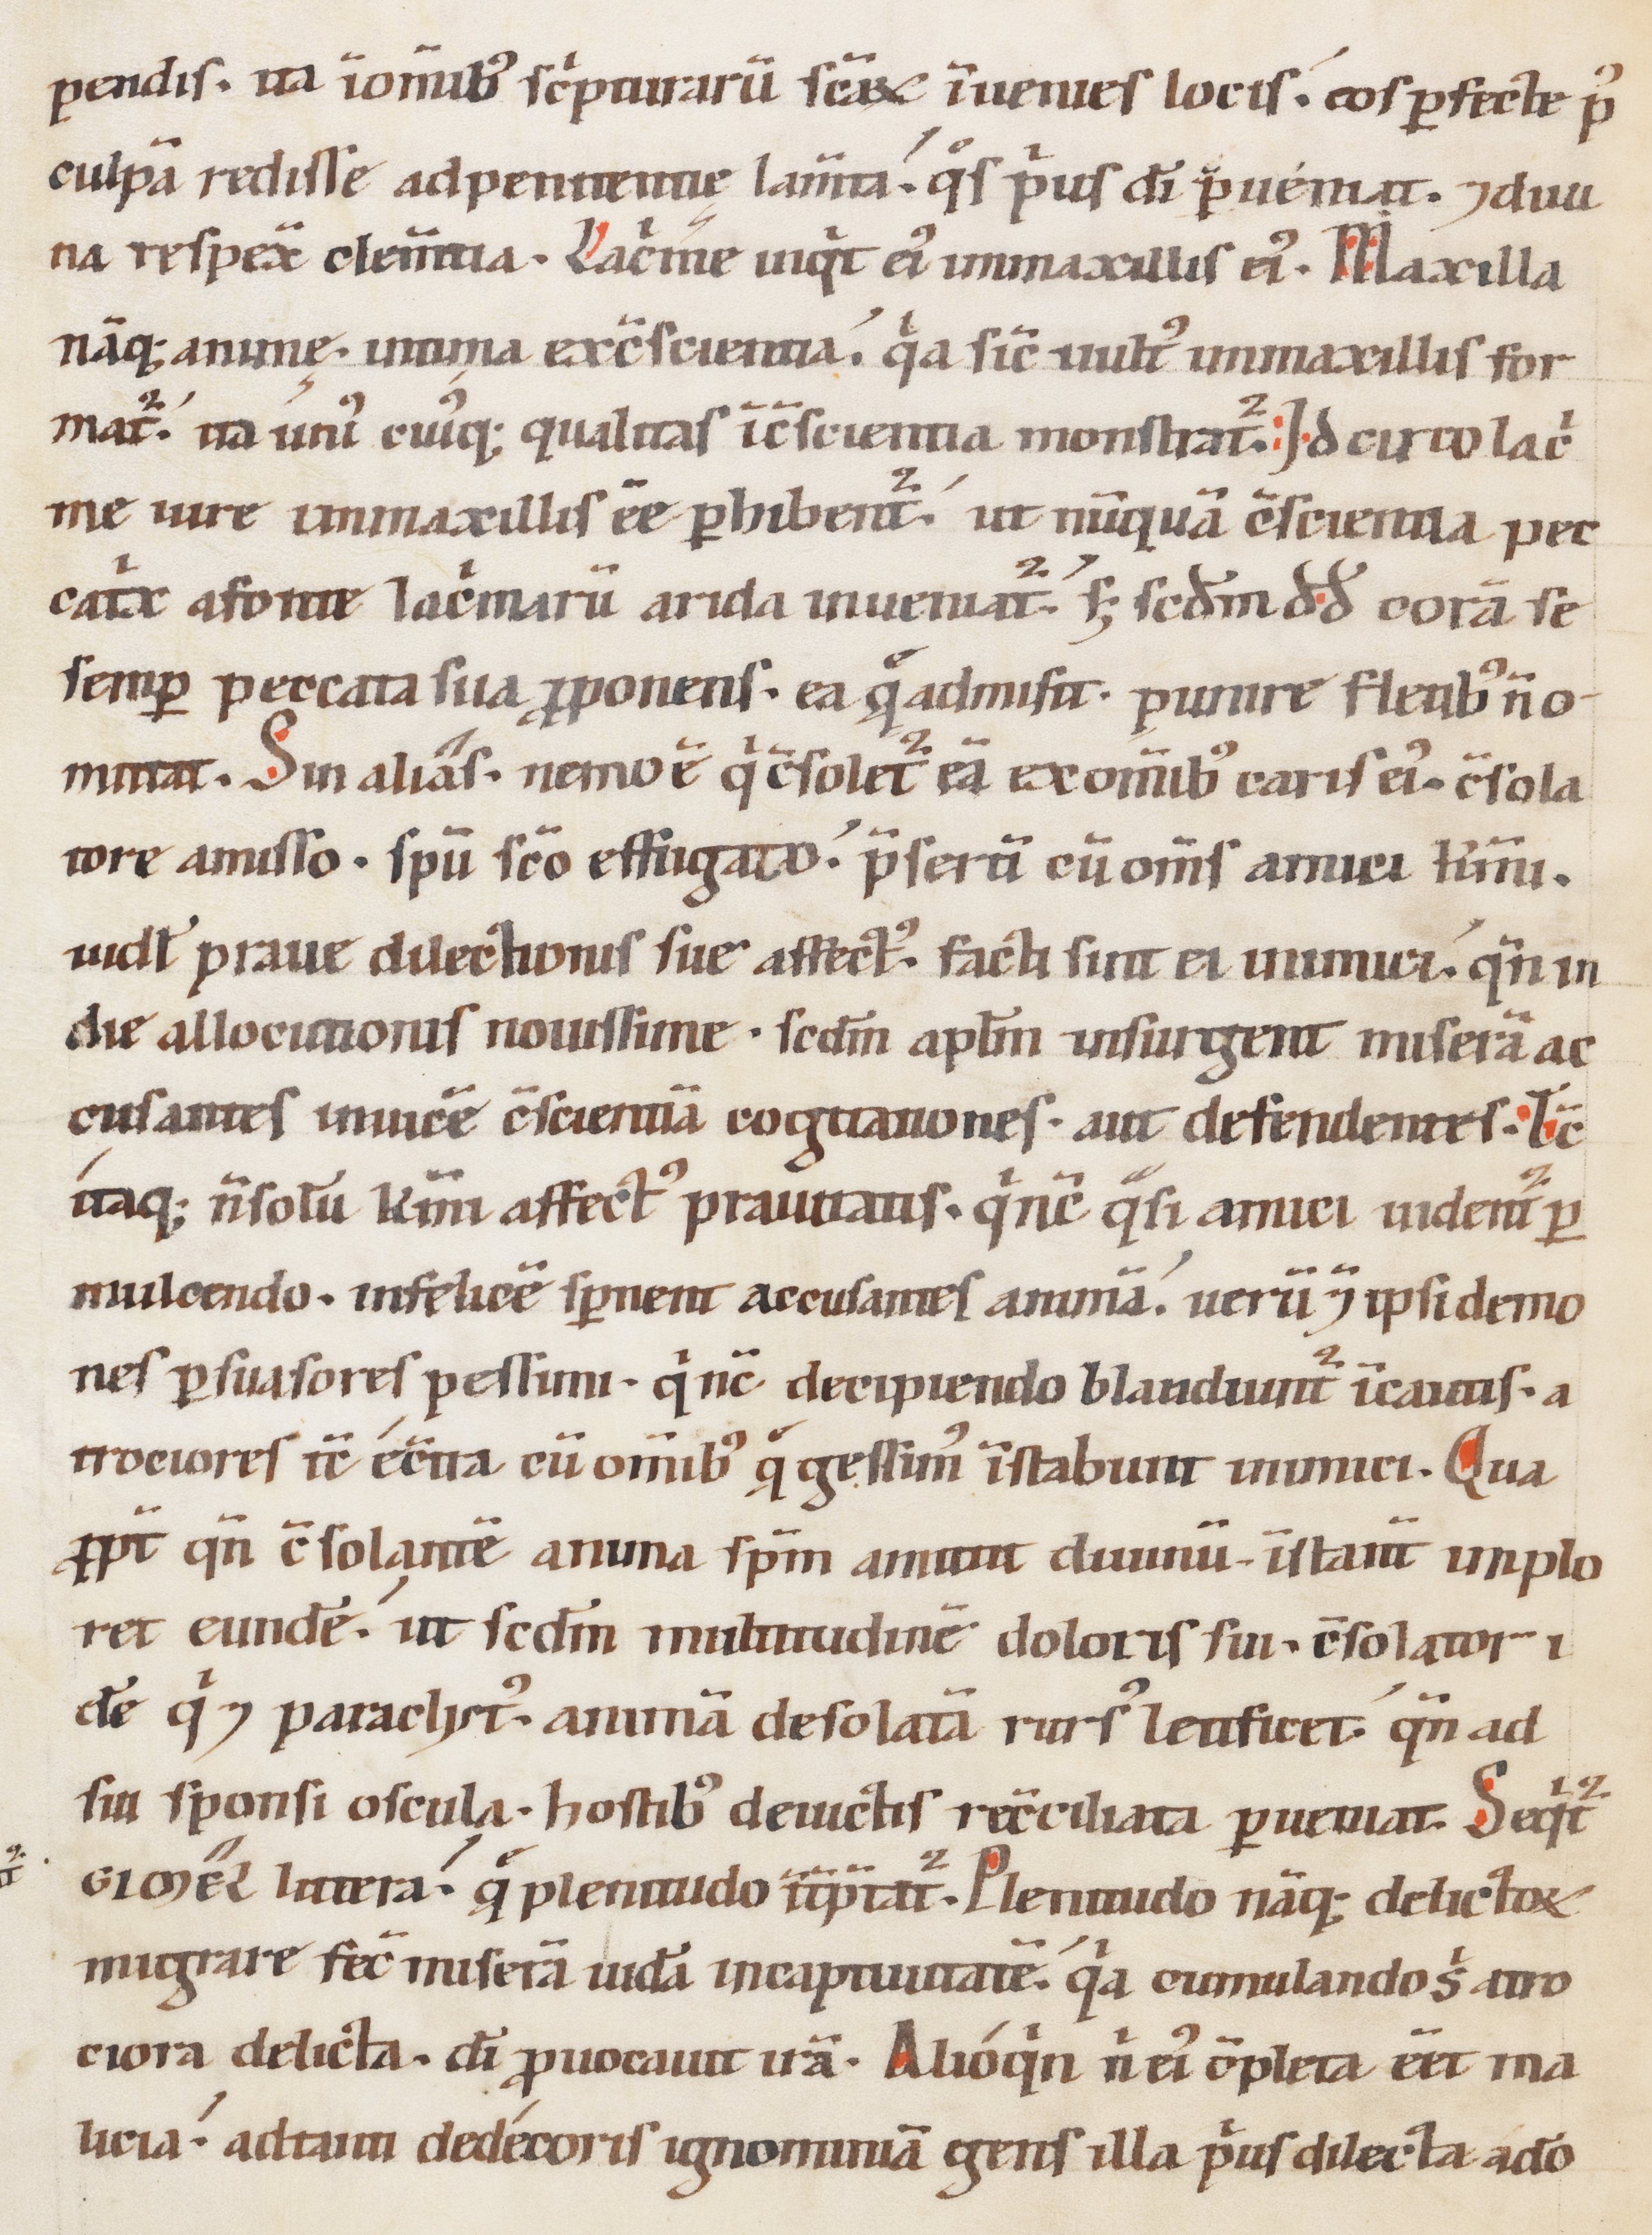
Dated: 1147–1178